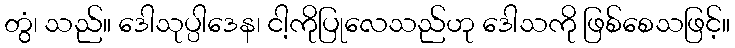
တွံ၊ သည်။ ဒေါသုပ္ပါဒေန၊ ငါ့ကိုပြုလေသည်ဟု ဒေါသကို ဖြစ်စေသဖြင့်။